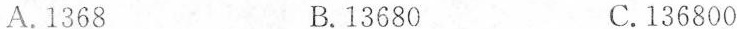
A.1368 B.13680 C.136800